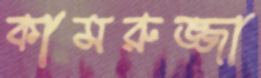
কামরুজ্জা